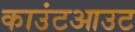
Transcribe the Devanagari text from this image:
काउंटआउट